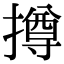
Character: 撙